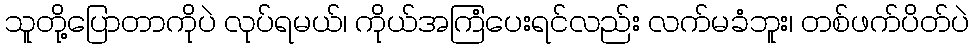
သူတို့ပြောတာကိုပဲ လုပ်ရမယ်၊ ကိုယ်အကြံပေးရင်လည်း လက်မခံဘူး၊ တစ်ဖက်ပိတ်ပဲ